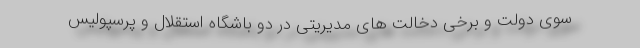
سوی دولت و برخی دخالت های مدیریتی در دو باشگاه استقلال و پرسپولیس